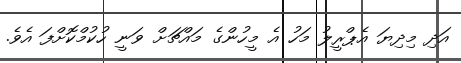
އަދި މިދިޔަ އެޕްރީލު މަހު އެ މީހުންގެ މައްޗަށް ވަނީ ހުކުމްކޮށްފަ އެވެ.